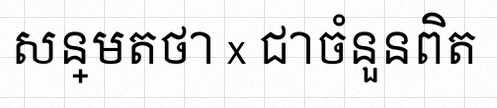
សន្មតថា x ជាចំនួនពិត